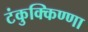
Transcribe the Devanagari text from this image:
टंकुक्किण्णा